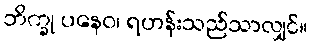
ဘိက္ခု ပနေဝ၊ ရဟန်းသည်သာလျှင်။